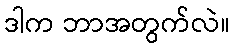
ဒါက ဘာအတွက်လဲ။